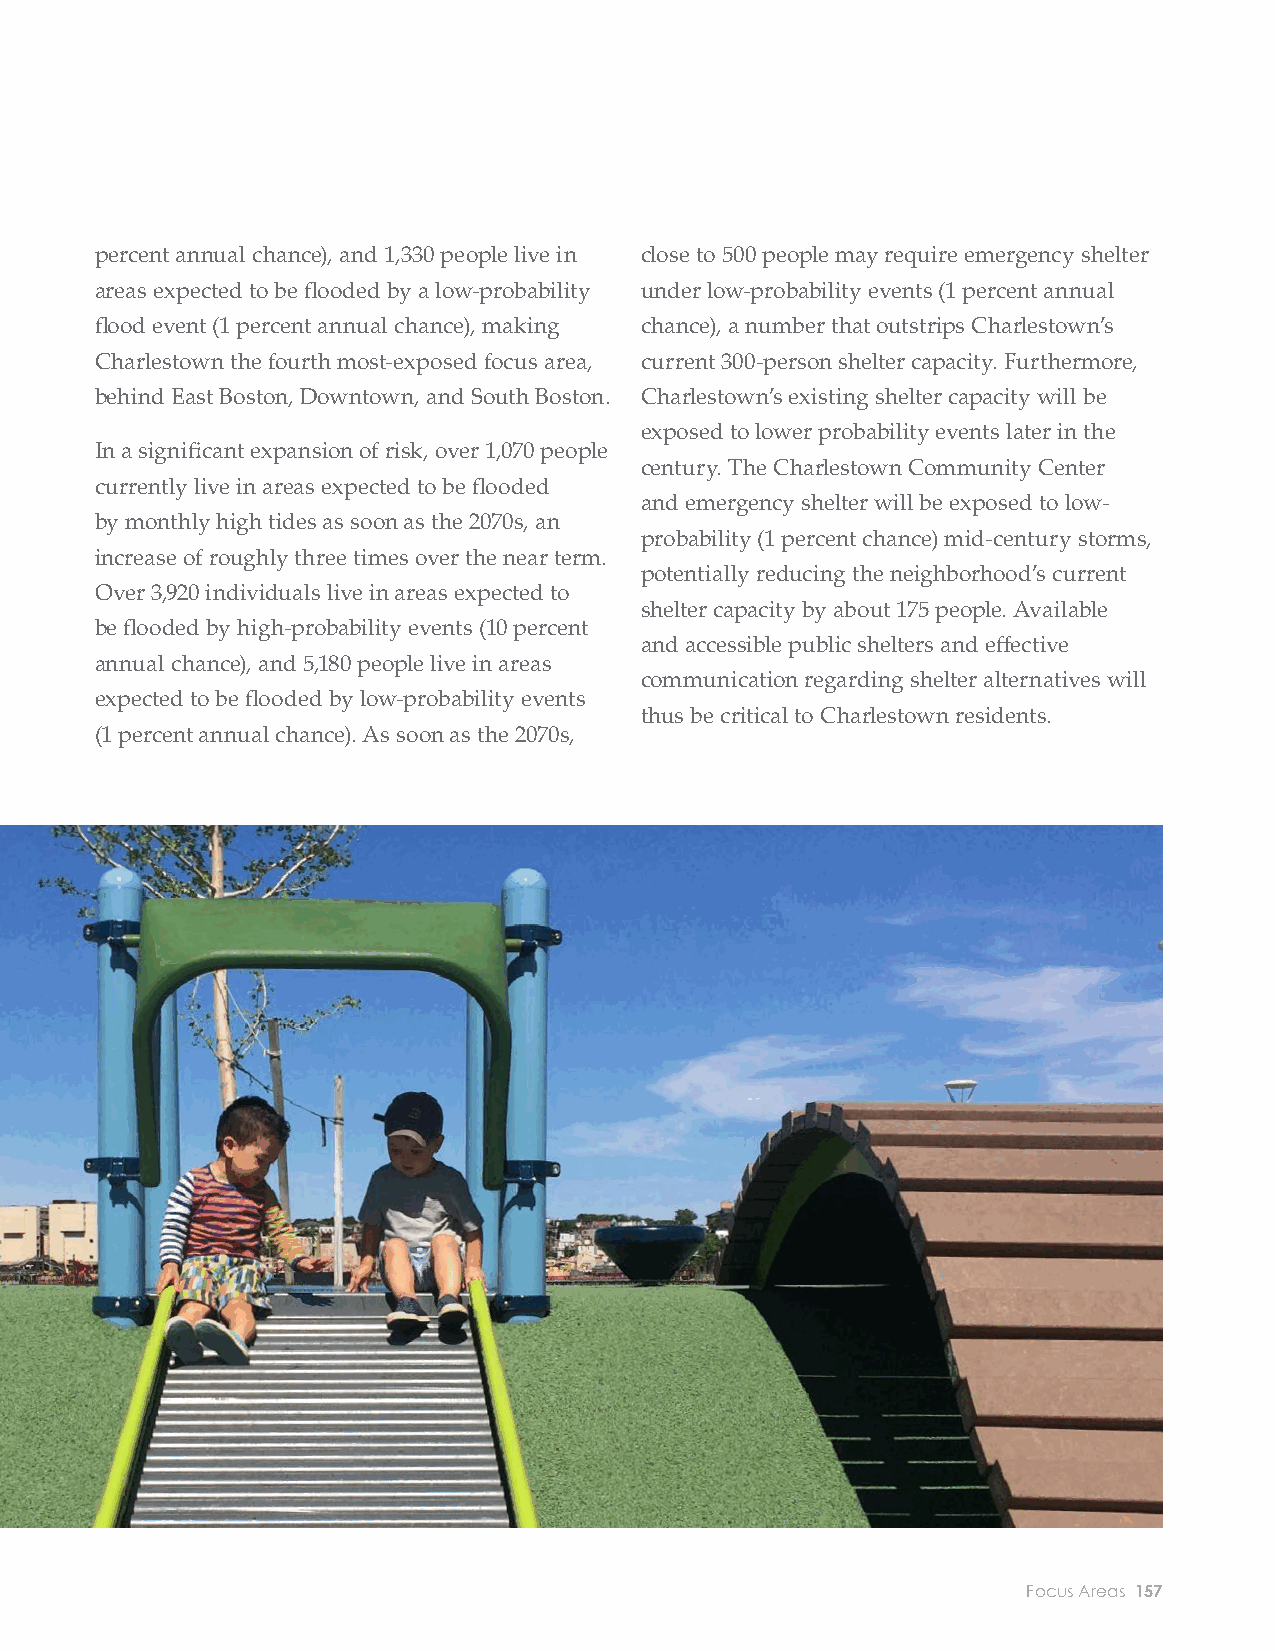
EXPOSURE
 POPULATION & INFRASTRUCTURE
 POPULATION AND SOCIAL VULNERABILITY days. Charlestown has three senior housing percent annual chance), and 1,330 people live in close to 500 people may require emergency shelter
 developments, one long-term care facility, and six areas expected to be fl ooded by a low-probability under low-probability events (1 percent annual
 Charlestown is currently home to more than
 public housing developments where concentrations fl ood event (1 percent annual chance), making chance), a number that outstrips Charlestown’s
 16,000 people. Charlestown has relatively lower
 of elderly, medically ill, and low- to no-income Charlestown the fourth most-exposed focus area, current 300-person shelter capacity. Furthermore,
 concentrations of socially vulnerable populations
 residents live. Portions of two Boston Housing behind East Boston, Downtown, and South Boston. Charlestown’s existing shelter capacity will be
 than Boston at large. The exception is households
 Authority developments, the Charlestown   exposed to lower probability events later in the
 with children, which make up 20 percent of In a signifi cant expansion of risk, over 1,070 people
 Apartments and Basilica Condos, are expected to century. The Charlestown Community Center
 households in the neighborhood compared to currently live in areas expected to be fl ooded
 be at risk for low-probability fl ood events later in and emergency shelter will be exposed to low-
 17 percent citywide. The Seaport Academy and by monthly high tides as soon as the 2070s, an
 the century.                              probability (1 percent chance) mid-century storms,
 Sparrel Elementary School are exposed to low- increase of roughly three times over the near term.
 potentially reducing the neighborhood’s current
 probability events in the near term and low- In the near term, roughly 350 people currently live Over 3,920 individuals live in areas expected to
 shelter capacity by about 175 people. Available
 probability late-century events, respectively. in areas expected to be fl ooded by monthly high be fl ooded by high-probability events (10 percent
 and accessible public shelters and eff ective
 Impacts to schools may result in lost school tides, the second largest of all neighborhoods. In annual chance), and 5,180 people live in areas
 communication regarding shelter alternatives will
 days for children, and parents of small children addition, over 420 people live in areas expected to expected to be fl ooded by low-probability events
 thus be critical to Charlestown residents.
 may opt to miss work and stay home on these be fl ooded by a high-probability fl ood event (10 (1 percent annual chance). As soon as the 2070s,
 CHARLESTOWN POPULATION EXPOSURE
 Image courtesy of Sasaki
 156 City of Boston: Climate Ready Boston                            Focus Areas 157